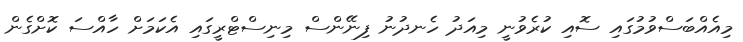
މިއެއްބަސްވުމުގައި ސޮއި ކުރެވުނީ މިއަދު ހެނދުނު ފިނޭންސް މިނިސްޓްރީގައި އެކަމަށް ހާއްސަ ކޮށްގެން